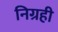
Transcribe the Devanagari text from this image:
निग्रही